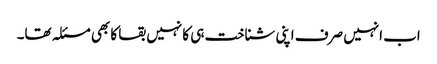
اب انہیں صرف اپنی شناخت ہی کا نہیں بقا کا بھی مسئلہ تھا۔